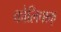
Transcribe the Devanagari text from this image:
कोलिपाक्